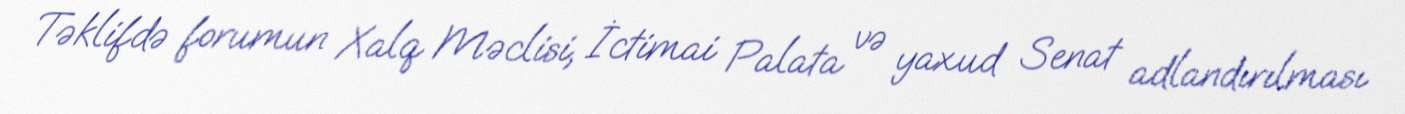
Təklifdə forumun Xalq Məclisi, İctimai Palata və yaxud Senat adlandırılması